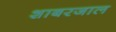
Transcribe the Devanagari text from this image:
शाबरजाल